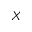
X